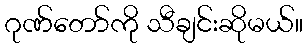
ဂုဏ်တော်ကို သီချင်းဆိုမယ်။